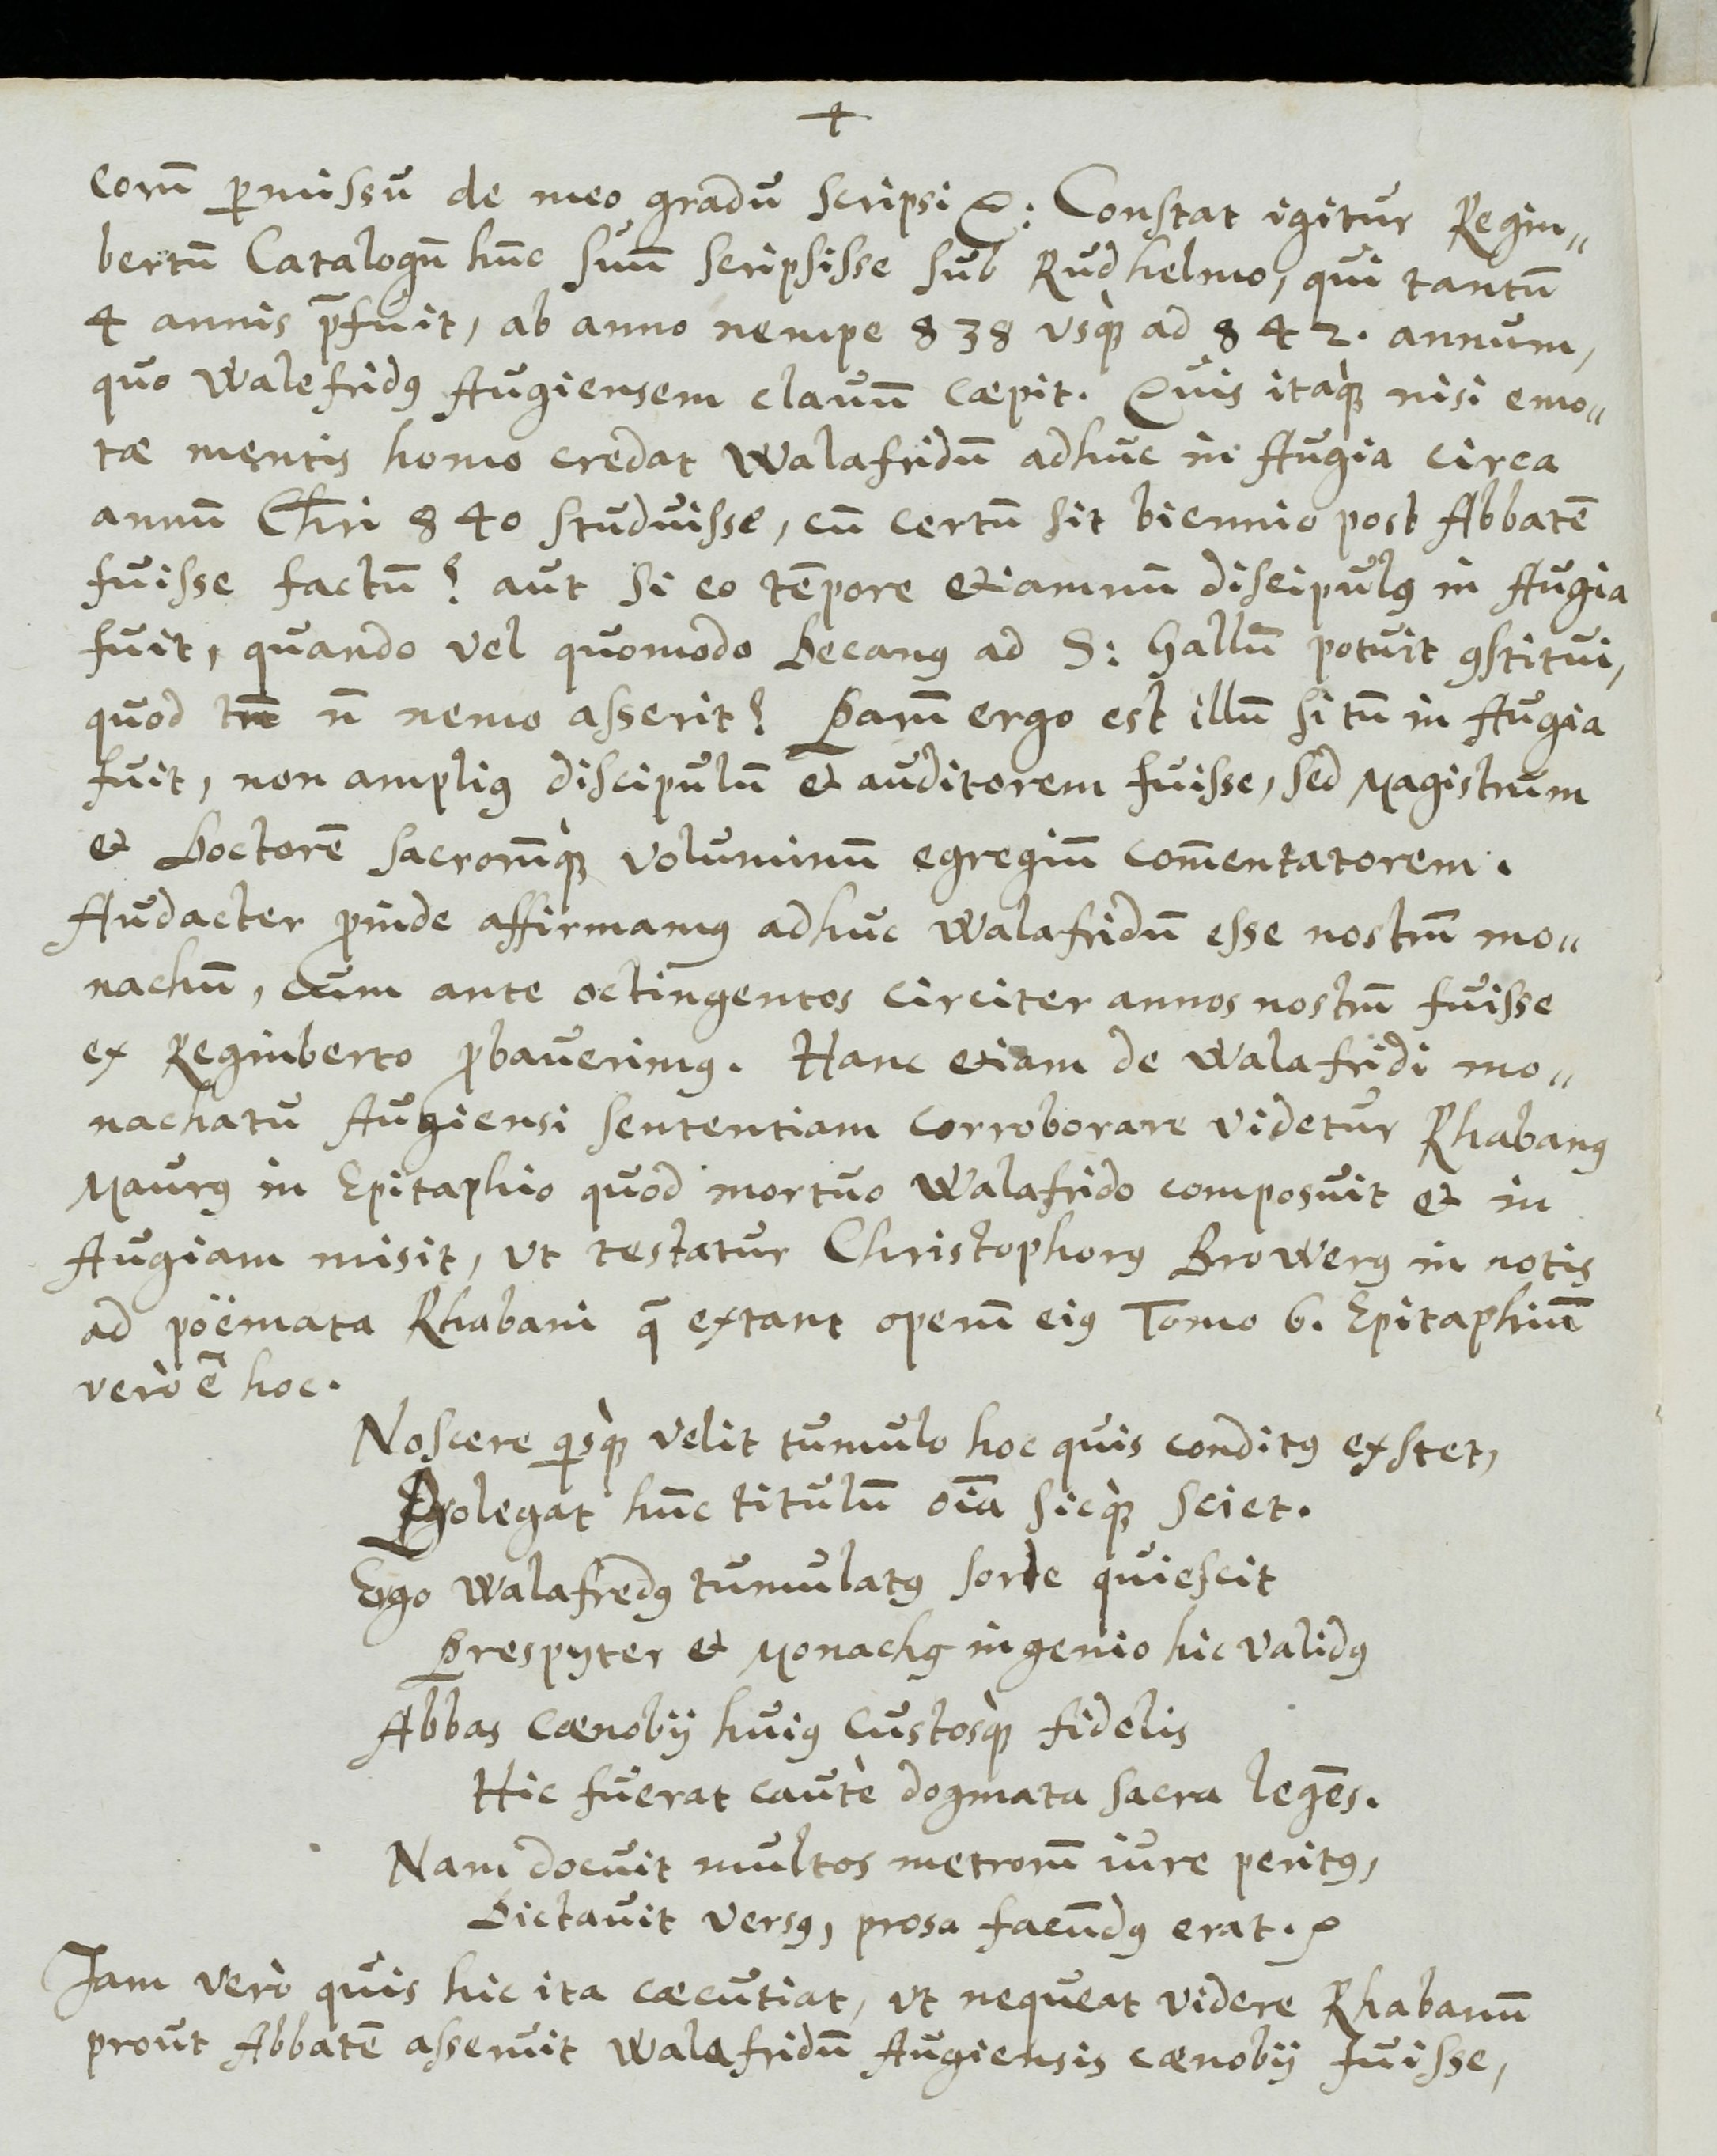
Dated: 1613–1642